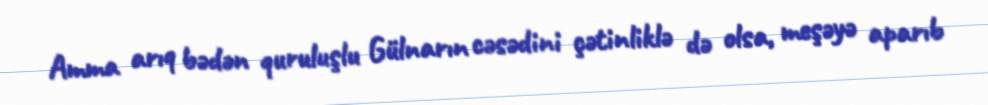
Amma arıq bədən quruluşlu Gülnarın cəsədini çətinliklə də olsa, meşəyə aparıb